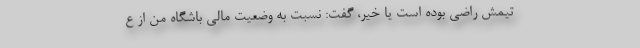
تیمش راضی بوده است یا خیر، گفت: نسبت به وضعیت مالی باشگاه من از ع